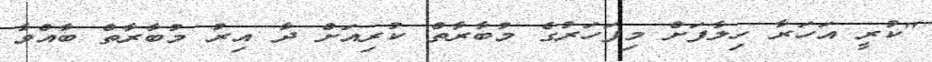
"ކުރީ އަހަރާ ހިލާފަށް މިފަހަރުގެ މުބާރާތް ކުރިއަށް ދާ އިރު މުބާރާތް ބާއްވާ